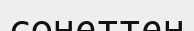
сонеттен